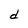
Character: d